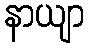
နာယျာ